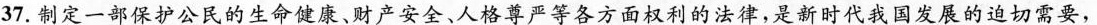
37.制定一部保护公民的生命健康、财产安全、人格尊严等各方面权利的法律，是新时代我国发展的迫切需要，